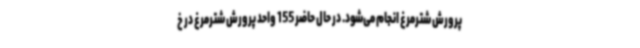
پرورش شترمرغ انجام می‌شود. در حال حاضر 155 واحد پرورش شترمرغ در خ